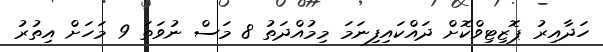
ހަދާއިރު ޕޮޒިޓިވްކޮށް ދައްކައިފިނަމަ މިމުއްދަތު 8 މަސް ނުވަތަ 9 މަހަށް އިތުރު